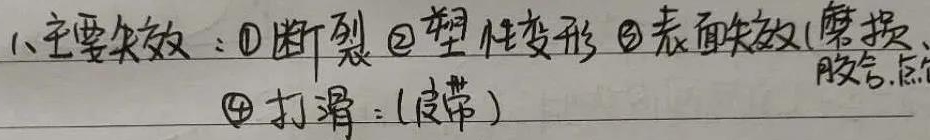
1、主要失效：\textcircled{1}断裂 \textcircled{2}塑性变形 \textcircled{3}表面失效(磨损、胶合、点蚀)\textcircled{4}打滑：(皮带)